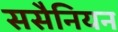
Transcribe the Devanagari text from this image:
ससैनियन